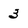
Character: 3